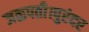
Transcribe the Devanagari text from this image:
जळपती।पुरंदर